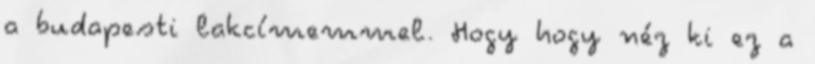
a budapesti lakcímemmel. Hogy hogy néz ki ez a